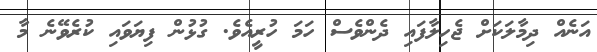
އަނެއް ދިމާލަކަށް ޖެހިލާފައި ދެންވެސް ހަމަ ހުރީއެވެ. ގުޅުން ފިޔަވައި ކުރެވޭނެ މާ